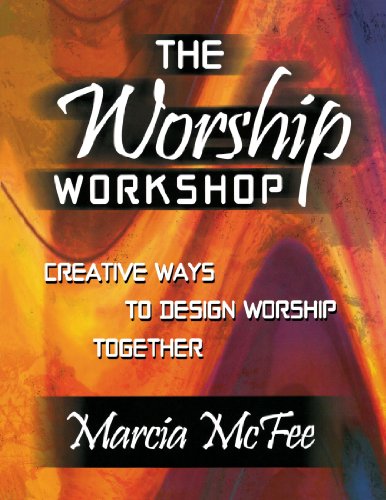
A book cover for The Worship Workshop: Creative Ways to Design Worship Together; Marcia McFee; Christian Books & Bibles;